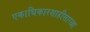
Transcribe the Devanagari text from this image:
एकाधिकारशाहीसारखा